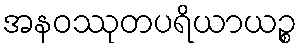
အနဝဿုတပရိယာယဉ္စ